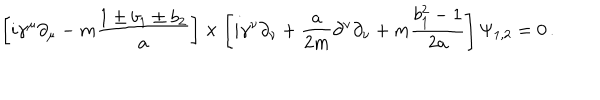
LaTeX: \left[ i \gamma ^ { \mu } \partial _ { \mu } - m { \frac { 1 \pm b _ { 1 } \pm b _ { 2 } } { a } } \right] \times \left[ i \gamma ^ { \nu } \partial _ { \nu } + { \frac { a } { 2 m } } \partial ^ { \nu } \partial _ { \nu } + m { \frac { b _ { 1 } ^ { 2 } - 1 } { 2 a } } \right] \Psi _ { 1 , 2 } = 0 \, .